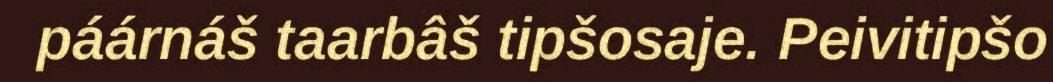
páárnáš taarbâš tipšosaje. Peivitipšo